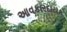
આવકારદાયક